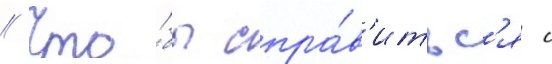
// Что́бы спра́в'итьс'я с